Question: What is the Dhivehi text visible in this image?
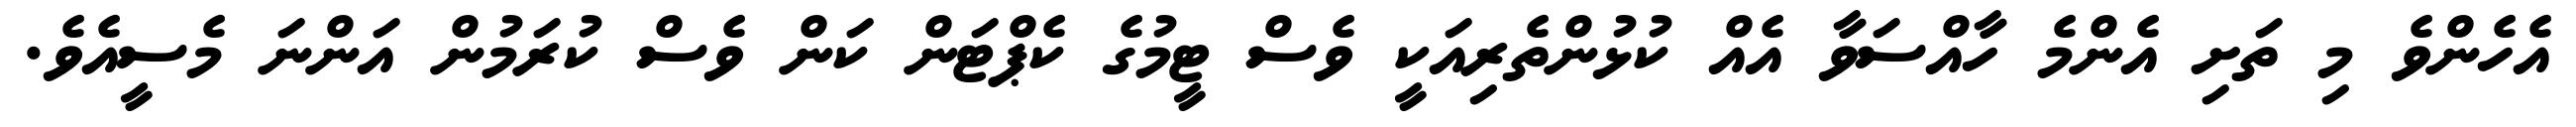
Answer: އެހެންވެ މި ތަށި އެންމެ ހާއްސަވާ އެއް ކުޅުންތެރިއަކީ ވެސް ޓީމުގެ ކެޕްޓަން ކަން ވެސް ކުރަމުން އަންނަ މެސީއެވެ.